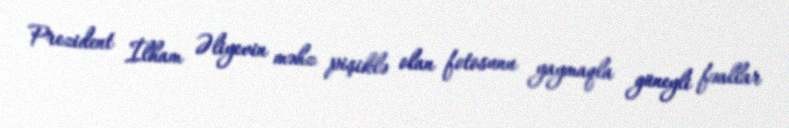
Prezident İlham Əliyevin məhz pişiklə olan fotosunu yaymaqla güneyli fəallar